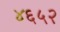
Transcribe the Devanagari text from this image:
४६५२